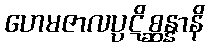
ဟေမဇာလပ္ပဋိစ္ဆန္နာနိ